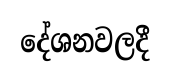
දේශනවලදී